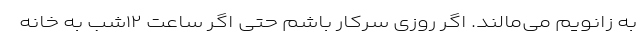
به زانویم می‌مالند. اگر روزی سرکار باشم حتی اگر ساعت ۱۲شب به خانه